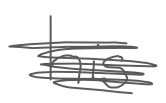
Text: his
Cross-out: scratch
Writing tool: digital_gray